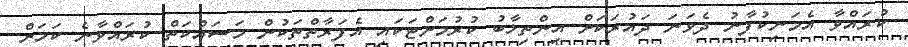
ކުރައްވާ އެމަނިކުފާނު ދެވަނަ ދައުރަކަށް އިންތިޚާބު ކުރުމަށްޓަކައި އެފަރާތްތަކުން މަސައްކަތް ކުރައްވާނެ ކަމަށް